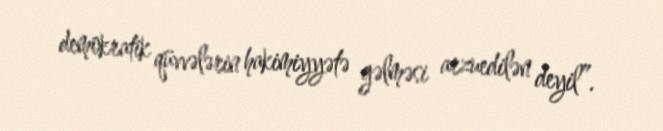
demokratik qüvvələrin hakimiyyətə gəlməsi arzuedilən deyil”.